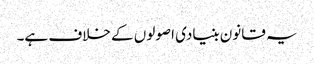
یہ قانون بنیادی اصولوں کے خلاف ہے۔